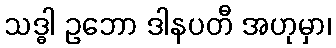
သဒ္ဓါ ဥဘော ဒါနပတီ အဟုမှာ၊